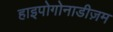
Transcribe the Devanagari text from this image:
हाइपोगोनाडीज़म